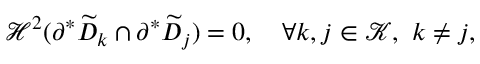
\begin{array} { r } { \mathcal H ^ { 2 } ( \partial ^ { * } \widetilde { D } _ { k } \cap \partial ^ { * } \widetilde { D } _ { j } ) = 0 , \quad \forall k , j \in \mathcal K , \, \, k \neq j , } \end{array}